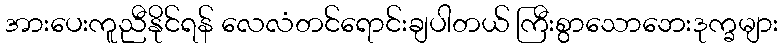
အားပေးကူညီနိုင်ရန် လေလံတင်ရောင်းချပါတယ် ကြီးစွာသောဘေးဒုက္ခများ